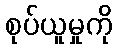
စုပ်ယူမှုကို